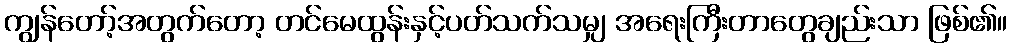
ကျွန်တော့်အတွက်တော့ တင်မေထွန်းနှင့်ပတ်သက်သမျှ အရေးကြီးတာတွေချည်းသာ ဖြစ်၏။